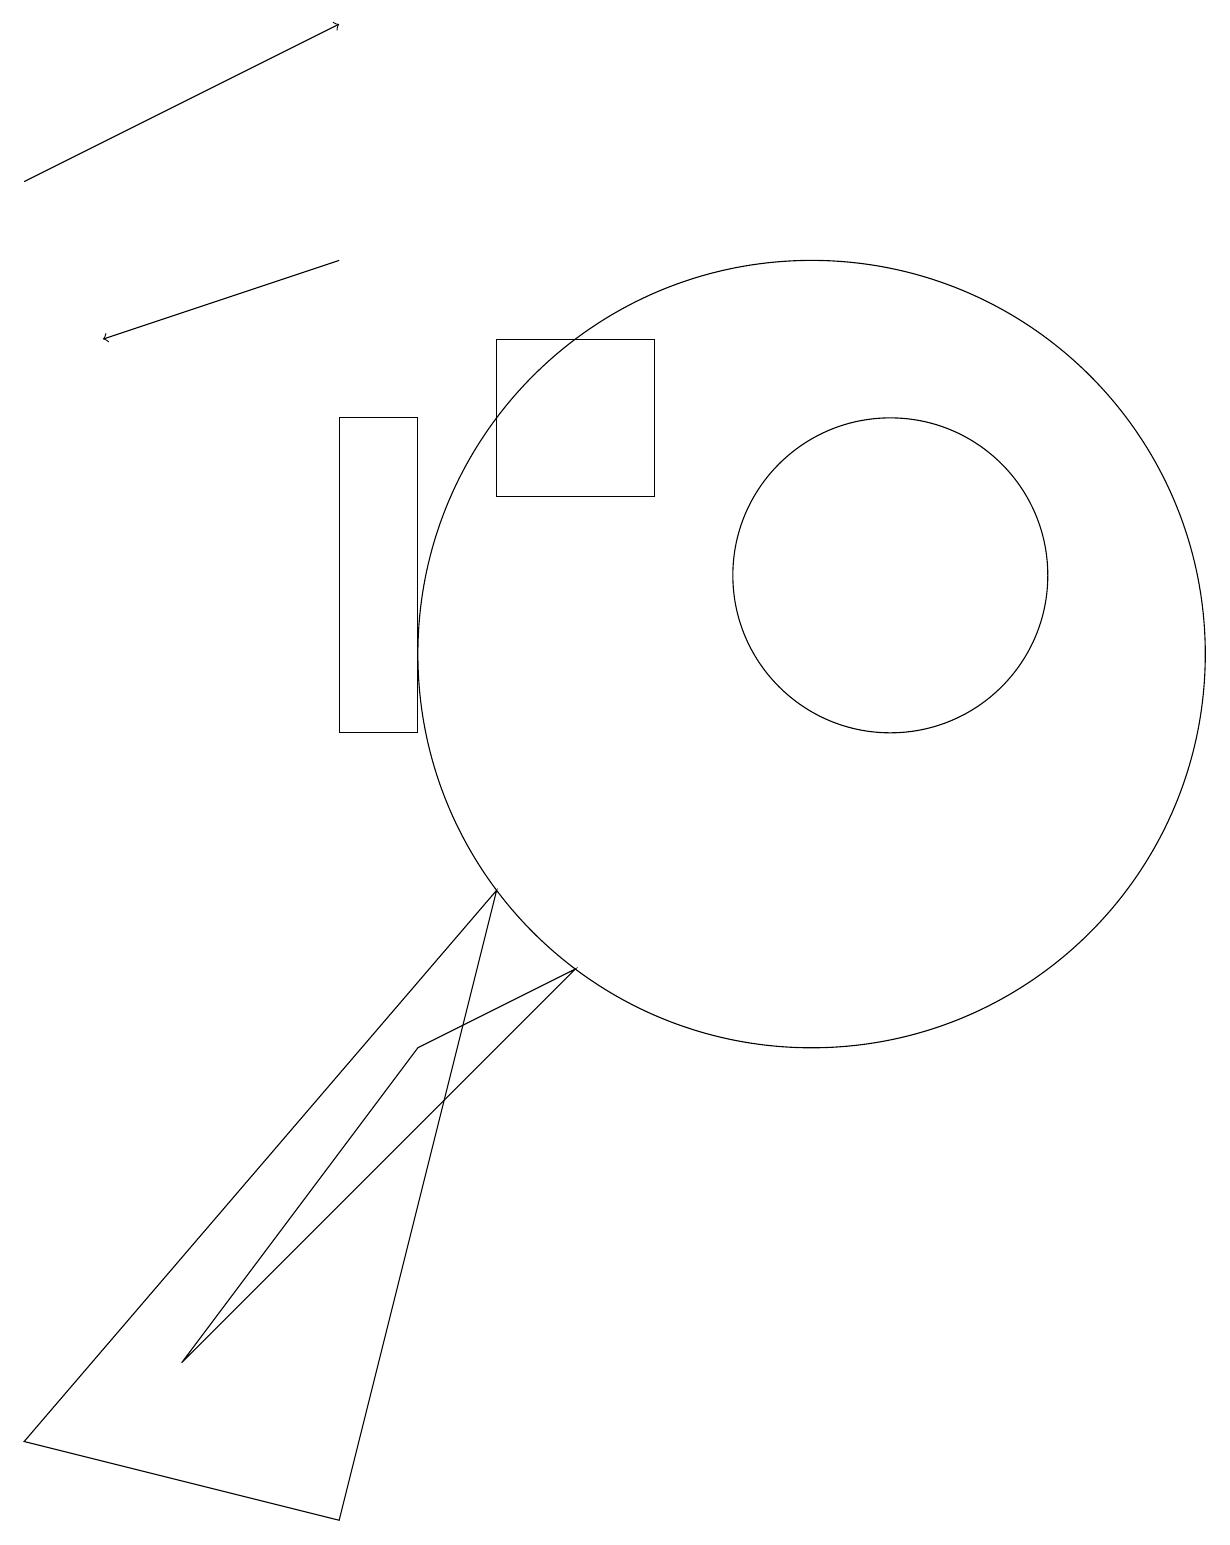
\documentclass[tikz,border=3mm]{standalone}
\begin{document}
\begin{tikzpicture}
\draw (10,11) circle (5);
\draw (2,2) -- (5,6) -- (7,7) -- cycle;
\draw (4,0) -- (6,8) -- (0,1) -- cycle;
\draw[->] (4,16) -- (1,15);
\draw[->] (0,17) -- (4,19);
\draw (6,15) rectangle (8,13);
\draw (11,12) circle (2);
\draw (5,14) rectangle (4,10);
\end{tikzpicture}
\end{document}